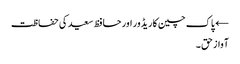
← پاک چین کاریڈور اور حافظ سعید کی حفاظت
آواز حق ۔